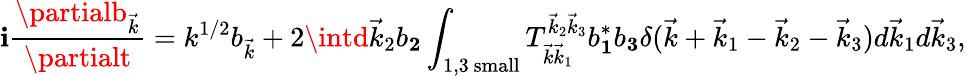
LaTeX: \mathbf{i}\frac{{\partialb_{\vec{{k}}}}}{{\partialt}}=k^{1/2}b_{\vec{{k}}}+2\intd\vec{{k}}_{2}b_{\mathbf{2}}\int_{1,3\mathrm{{~small}}}T_{\vec{{k}}\vec{{k}}_{1}}^{\vec{{k}}_{2}\vec{{k}}_{3}}b_{\mathbf{1}}^{*}b_{\mathbf{3}}\delta(\vec{{k}}+\vec{{k}}_{1}-\vec{{k}}_{2}-\vec{{k}}_{3})d\vec{{k}}_{1}d\vec{{k}}_{3},